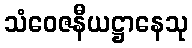
သံဝေဇနီယဋ္ဌာနေသု